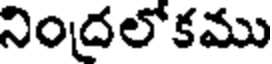
నింద్రలోకము